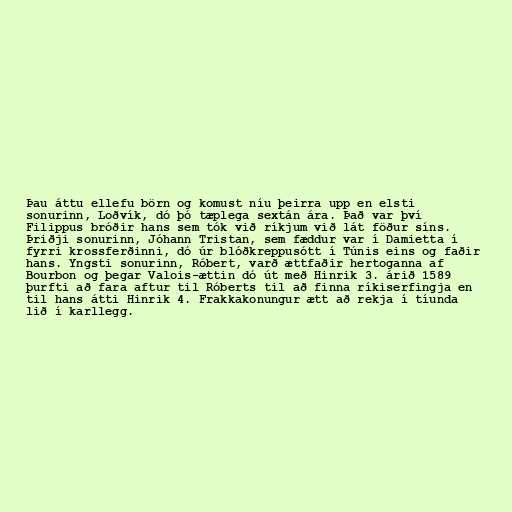
Þau áttu ellefu börn og komust níu þeirra upp en elsti
sonurinn, Loðvík, dó þó tæplega sextán ára. Það var því
Filippus bróðir hans sem tók við ríkjum við lát föður síns.
Þriðji sonurinn, Jóhann Tristan, sem fæddur var í Damietta í
fyrri krossferðinni, dó úr blóðkreppusótt í Túnis eins og faðir
hans. Yngsti sonurinn, Róbert, varð ættfaðir hertoganna af
Bourbon og þegar Valois-ættin dó út með Hinrik 3. árið 1589
þurfti að fara aftur til Róberts til að finna ríkiserfingja en
til hans átti Hinrik 4. Frakkakonungur ætt að rekja í tíunda
lið í karllegg.